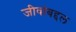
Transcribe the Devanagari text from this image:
जीवांबद्दल